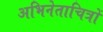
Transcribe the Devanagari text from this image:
अभिनेताचित्रों